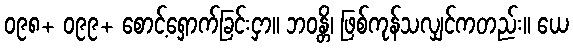
၀၉၈+ ၀၉၉+ စောင့်ရှောက်ခြင်းငှာ။ ဘဝန္တိ၊ ဖြစ်ကုန်သလျှင်ကတည်း။ ယေ